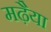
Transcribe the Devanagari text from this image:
मढ़ैया